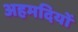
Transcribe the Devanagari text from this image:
अहमदियों